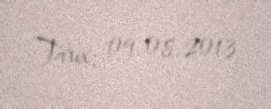
Tarix: 09.08.2013